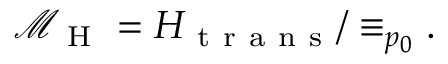
\begin{array} { r } { \mathcal { M } _ { \mathrm { ~ H ~ } } = H _ { \mathrm { ~ t ~ r ~ a ~ n ~ s ~ } } / \equiv _ { p _ { 0 } } . } \end{array}